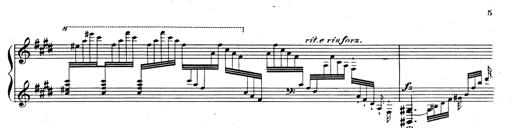
Title: Rhapsodie espagnole
Composer: Franz Liszt